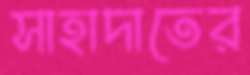
সাহাদাতের